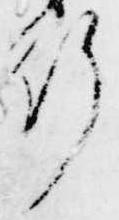
行